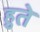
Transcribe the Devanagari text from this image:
हुते